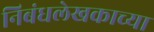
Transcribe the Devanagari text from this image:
निबंधलेखकाच्या